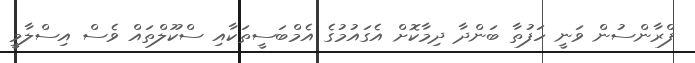
ފްރާންސުން ވަނީ ހަފުތާ ބަންދާ ދިމާކޮށް އެގައުމުގެ އެމްބަސީތަކާއި ސްކޫލްތައް ވެސް އިސްލާމީ